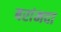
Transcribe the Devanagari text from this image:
बरांमदा